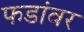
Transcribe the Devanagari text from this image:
फडांवर